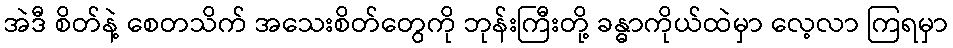
အဲဒီ စိတ်နဲ့ စေတသိက် အသေးစိတ်တွေကို ဘုန်းကြီးတို့ ခန္ဓာကိုယ်ထဲမှာ လေ့လာ ကြရမှာ